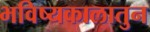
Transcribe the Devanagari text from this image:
भविष्यकालातुन